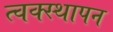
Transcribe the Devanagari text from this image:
त्वक्स्थापन